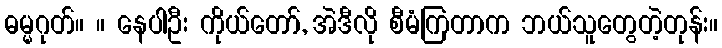
ဓမ္မဂုတ်။ ။ နေပါဦး ကိုယ်တော်, အဲဒီလို စီမံကြတာက ဘယ်သူတွေတဲ့တုန်း။